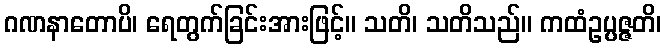
ဂဏနာတောပိ၊ ရေတွက်ခြင်းအားဖြင့်။ သတိ၊ သတိသည်။ ကထံဥပ္ပဇ္ဇတိ၊